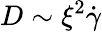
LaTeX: D\sim\xi^{2}\dot{\gamma}